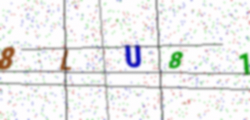
Text: 8LU81